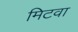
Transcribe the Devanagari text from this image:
मिटवा